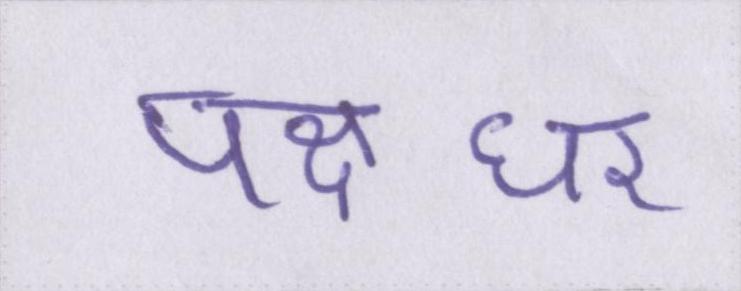
पक्षधर